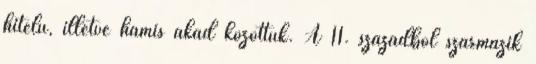
hitelű, illetve hamis akad közöttük. A 11. századból származik